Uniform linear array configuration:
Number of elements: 8
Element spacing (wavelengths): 0.25
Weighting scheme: binomial
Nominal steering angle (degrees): -15
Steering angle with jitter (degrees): -16.9
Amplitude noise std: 0.05
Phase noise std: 0.05

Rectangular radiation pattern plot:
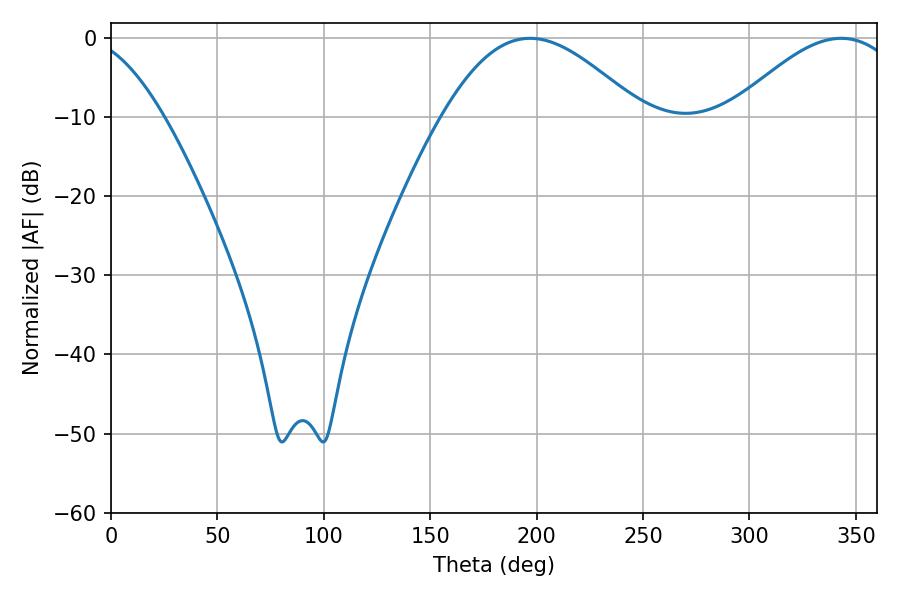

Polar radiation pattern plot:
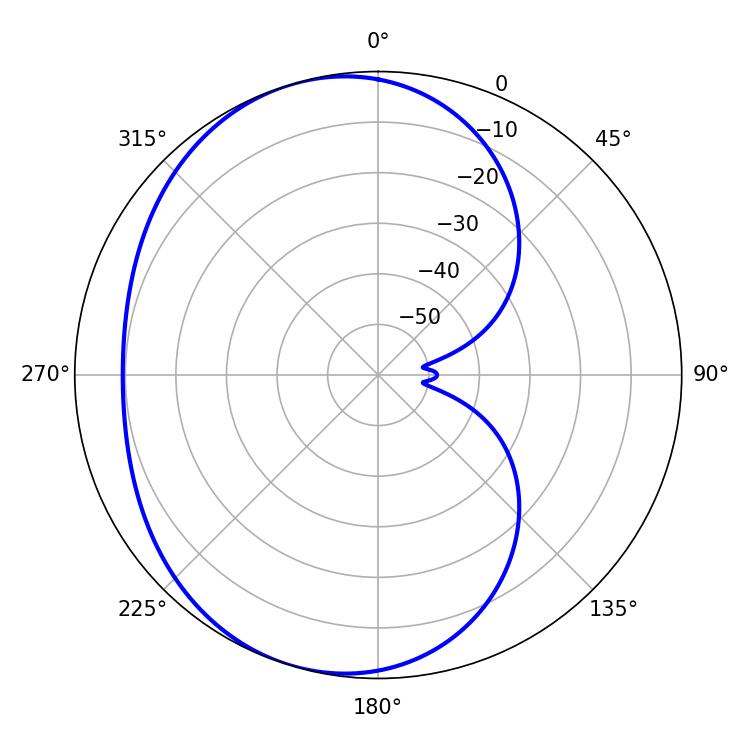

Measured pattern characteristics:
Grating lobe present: FALSE
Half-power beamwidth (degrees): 50.22
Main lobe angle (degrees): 196.92